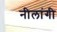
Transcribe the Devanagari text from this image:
नीलांगी